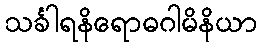
သင်္ခါရနိရောဓဂါမိနိယာ